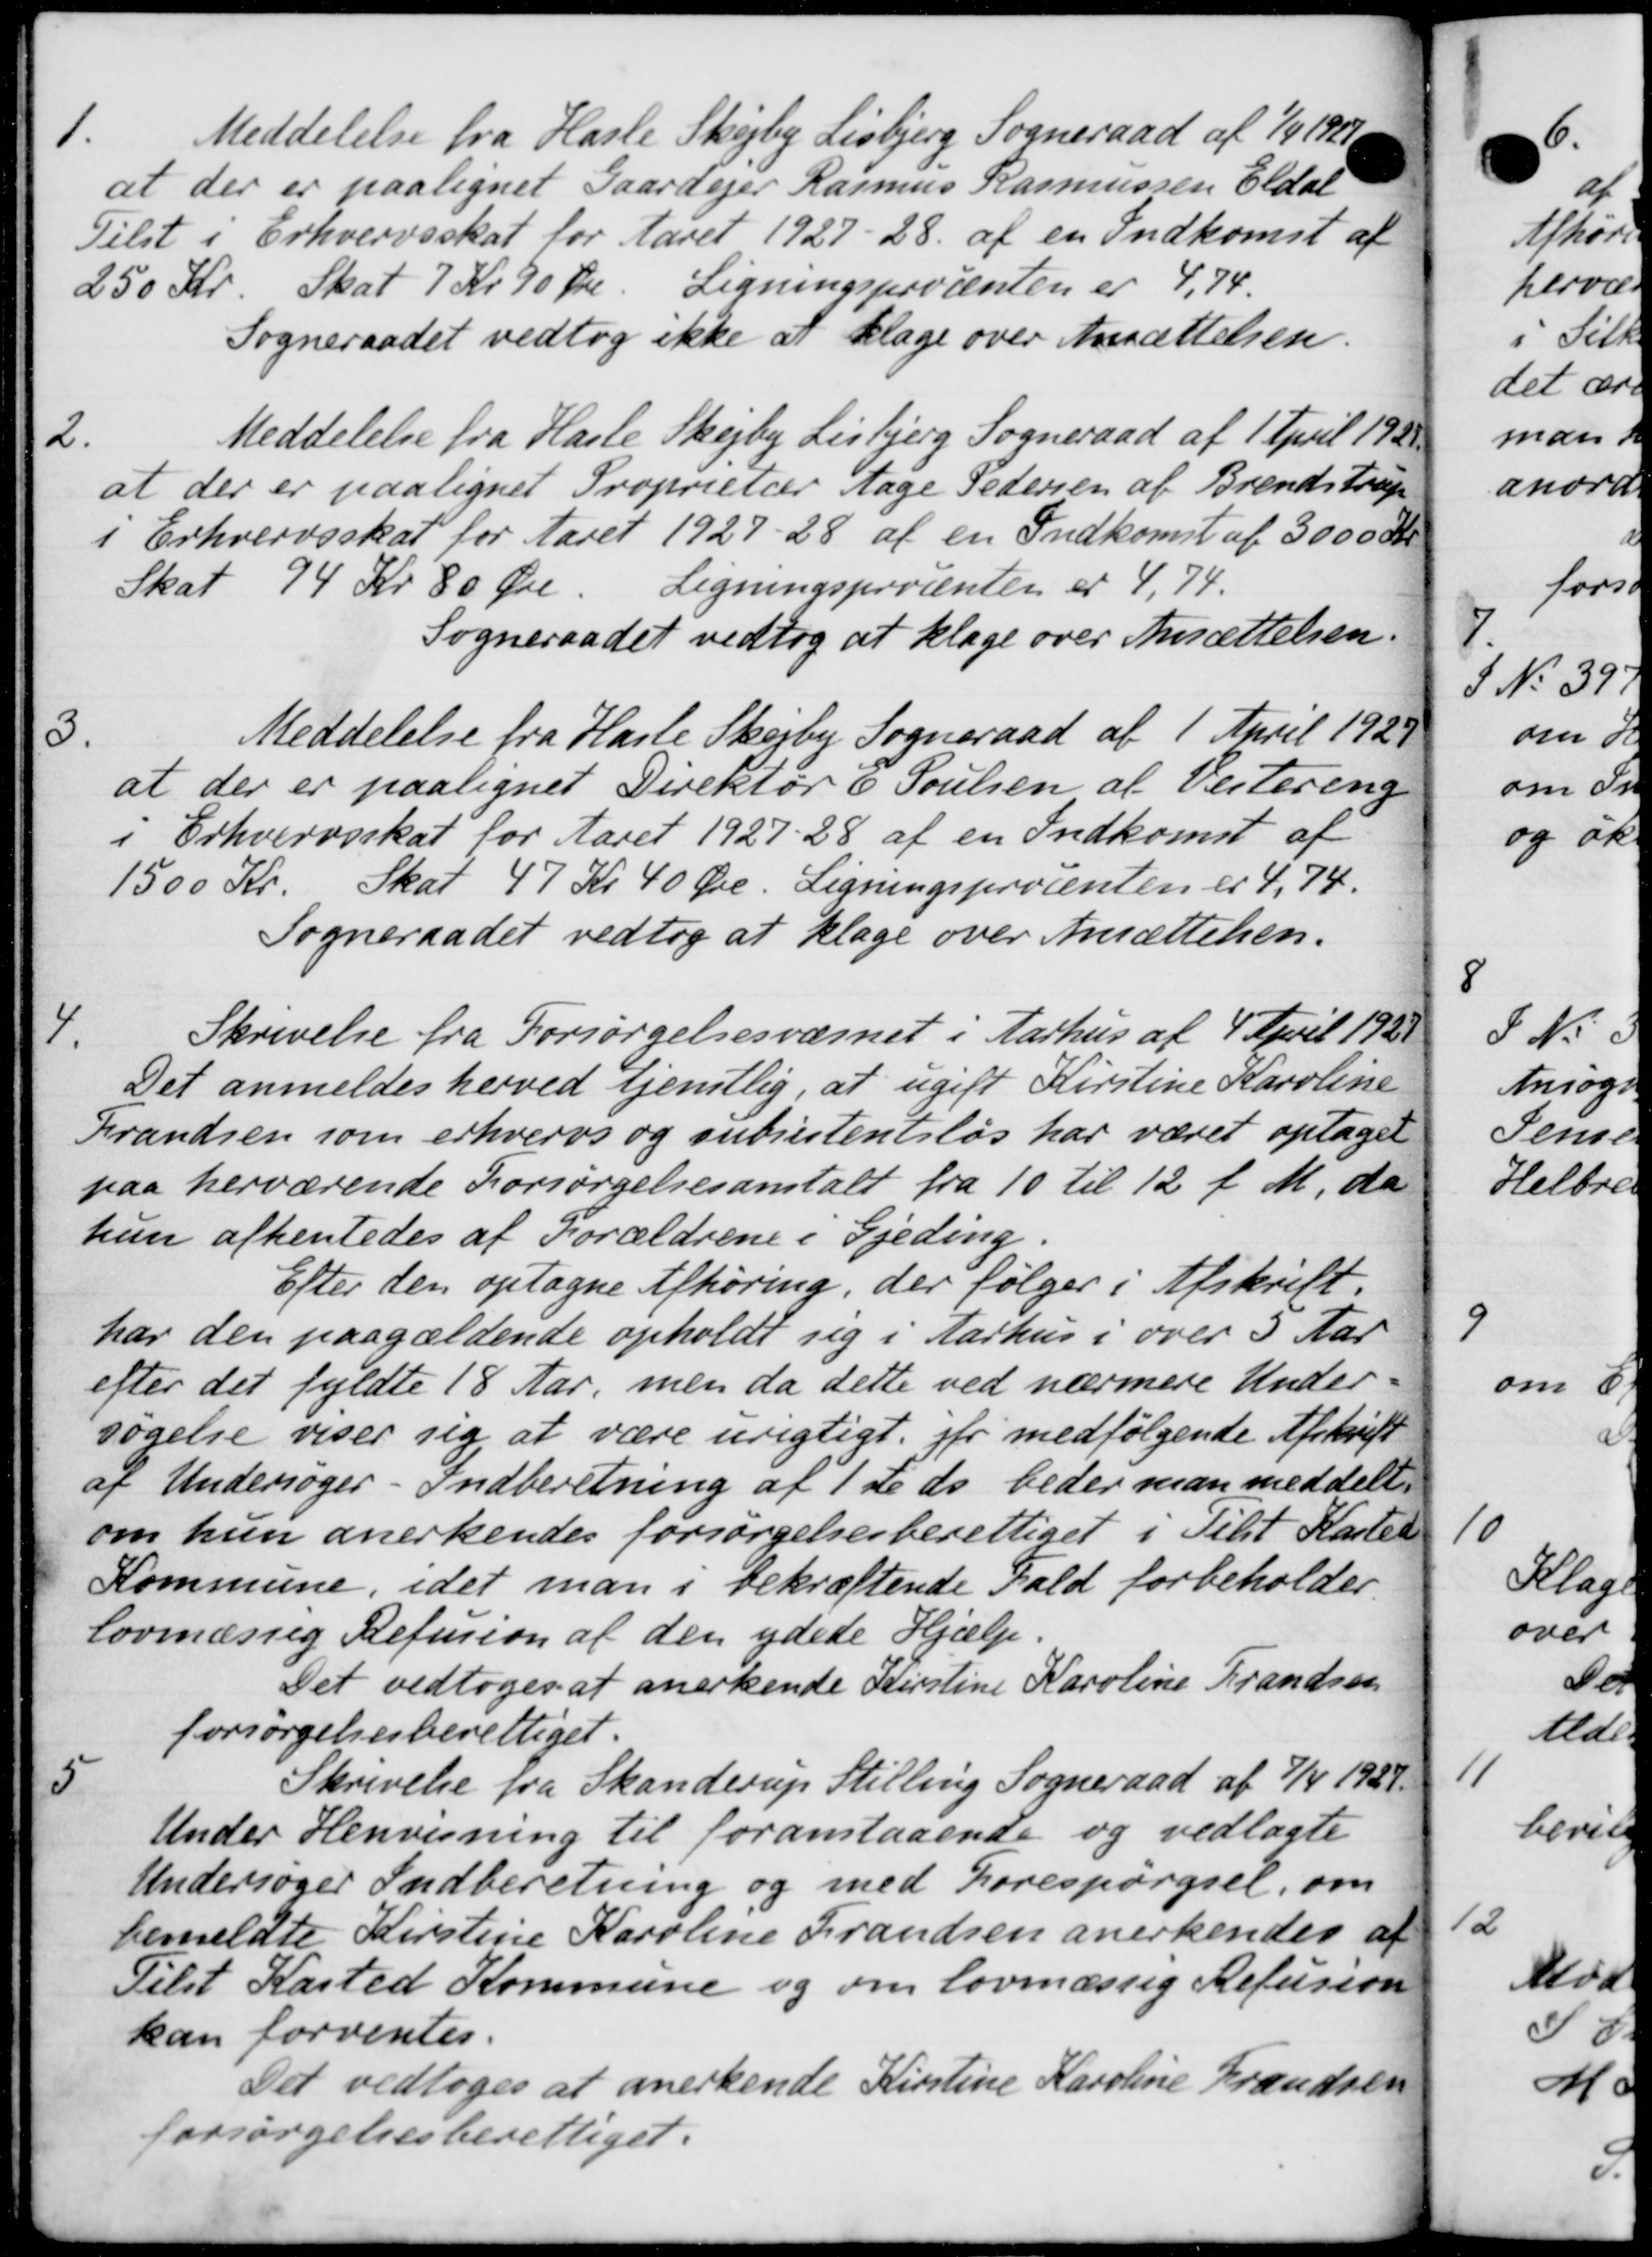
Transskription:
1.
Meddelelse fra Hasle Skejby Lisbjerg Sogneraad af 1/4 1927.
at der er paalignet Gaardejer Rasmus Rasmussen Eldal
Tilst i Erhvervsskat for Aaret 1927-28. af en Indkomst af
250 Kr. Skat 7 Kr 90 Øre. Ligningsprocenten er 4,74.
Sogneraadet vedtog ikke at klage over Ansættelsen.
2.
Meddelelse fra Hasle Skejby Lisbjerg Sogneraad af 1 April 192
at der er paalignet Proprietær Aage Pedersen af Brendstrup
i Erhvervsskat for Aaret 1927-28 af en Indkomst af 3000 Kr
Skat 94 Kr 80 Øre Ligningsprocenten er 4,74.
Sogneraadet vedtog at klage over Ansættelsen.
3.
Meddelelse fra Hasle Skejby Sogneraad af 1 April 1929
at der er paalignet Direktør C Poulsen af Vestering
i Erhvervsskat for Aaret 1927-28 af en Indkomst af
1500 Kr. Skat 47 Kr 40 Øre. Ligningsprocenten er 4,74.
Sogneraadet vedtog at klage over Ansættelsen.
4.
Skrivelse fra Forsørgelsesvæsnet i Aarhus af 4 April 1921
Det anmeldes herved tjenstlig, at ugift Kirstine Karoline
Frandsen som erhvervs og subsistentsløs har været optaget
paa herværende Forsørgelsesanstalt fra 10 til 12 f. M. de
hun afhentedes af Forældrene i Gjeding.
Efter den optagne Afhøring, der følger i Afskrift.
har den paagældende opholdt sig i Aarhus i over 3 Aar
efter det fyldte 18 Aar, men da dette ved nærmere Under
søgelse viser sig at være urigtigt. jfr medfølgende Afskrift
af Undersøger - Indberetning af 1 de ds beder man meddelt.
om hun anerkendes forsørgelsesberettiget i Tilst Karten
Kommune, idet man i bekræftende Fald forbeholder.
lovmæssig Refusion af den ydede Hjælp.
Det vedtoges at anerkende Kirstine Karoline Frandsen
forsørgelsesberettiget.

Skrivelse fra Skanderup Stilling Sogneraad af 7/4 1929.
Under Henvisning til foranstaaende og vedlagte
Undersøger Indberetning og med Forespørgsel, om
bemeldte Kirstine Karoline Frandsen anerkendes at
Tilst Kasted Kommune og om lovmæssig Refusion
kan forventes.
Det vedtoges at anerkende Kirstine Karoline Frændsen
forsørgelsesberettiget.